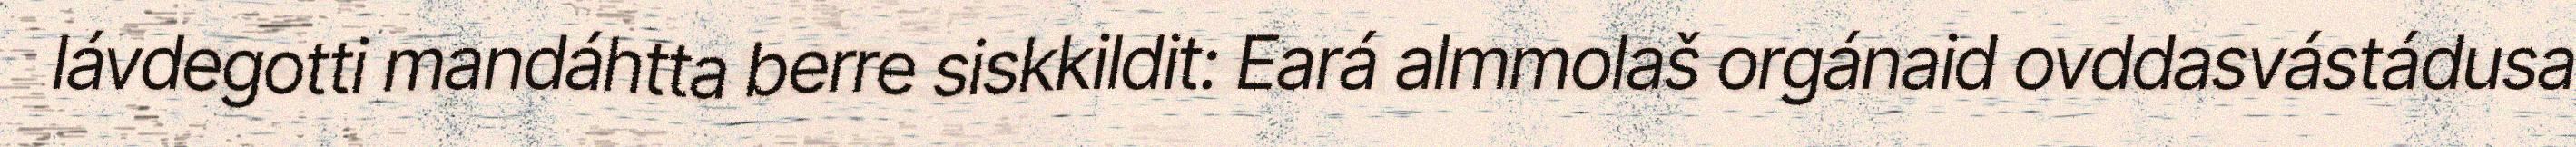
lávdegotti mandáhtta berre siskkildit: Eará almmolaš orgánaid ovddasvástádusa